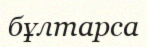
бұлтарса